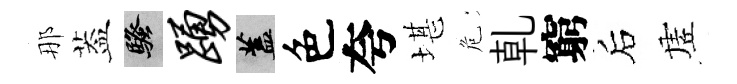
那葢騷踊蓋色夸堪危乹窮后虗